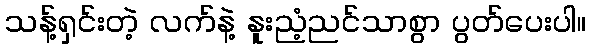
သန့်ရှင်းတဲ့ လက်နဲ့ နူးညံ့ညင်သာစွာ ပွတ်ပေးပါ။